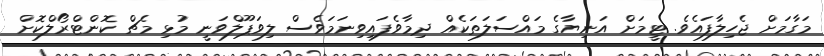
މަގާމަށް ޖެހިލާފައެވެ. ޓީމަށް އަނިޔާގެ މައްސަލަތަކެއް ދިމާވެފައިވިނަމަވެސް ލިވަޕޫލްވަނީ މުޅި މެޗް ކޮންޓްރޯލްކޮށް